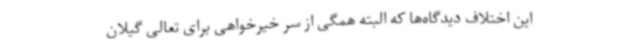
این اختلاف دیدگاه‌ها که البته همگی از سر خیرخواهی برای تعالی گیلان